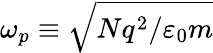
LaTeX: \omega_{p}\equiv\sqrt{Nq^{2}/\varepsilon_{0}m}